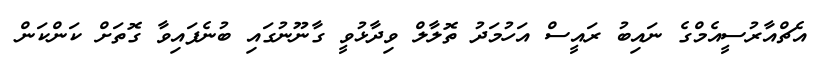
އެޗްއާރުސީއެމްގެ ނައިބު ރައީސް އަހުމަދު ތޮލާލް ވިދާޅުވީ ގާނޫނުގައި ބުނެފައިވާ ގޮތަށް ކަންކަން